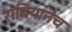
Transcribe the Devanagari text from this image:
राबियानेच